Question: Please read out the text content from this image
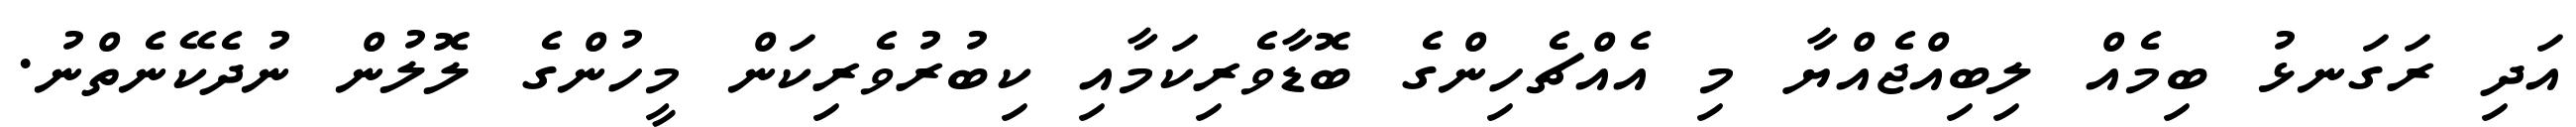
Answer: އަދި ރަގަނޅު ބިމެއް ލިބިއްޖެއްޔާ މި އެއްޗެހިންގެ ބޮޑާވެރިކަމާއި ކިބުރުވެރިކަން މީހުންގެ ލޮލުން ނުދެކޭނެތްނު.